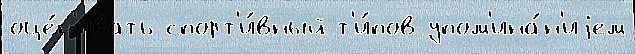
оце́н'ивать спорт'и́вный т'и́пов упом'ина́н'иjем